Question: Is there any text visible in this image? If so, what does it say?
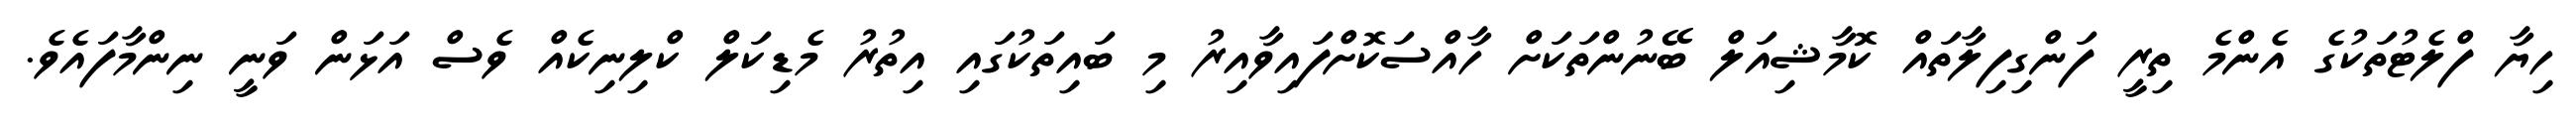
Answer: ހިޔާ ފްލެޓުތަކުގެ އެންމެ ތިރީ ފަންގިފިލާތައް ކޮމާޝިއަލް ބޭނުންތަކަށް ހާއްސަކޮށްފައިވާއިރު މި ބައިތަކުގައި އިތުރު މެޑިކަލް ކްލިނިކެއް ވެސް އަޅަން ވަނީ ނިންމާފައެވެ.